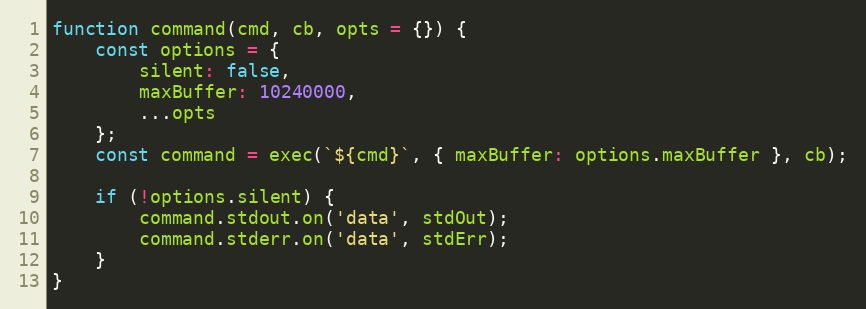
Language: JavaScript
function command(cmd, cb, opts = {}) {
    const options = {
        silent: false,
        maxBuffer: 10240000,
        ...opts
    };
    const command = exec(`${cmd}`, { maxBuffer: options.maxBuffer }, cb);

    if (!options.silent) {
        command.stdout.on('data', stdOut);
        command.stderr.on('data', stdErr);
    }
}